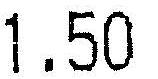
1.50